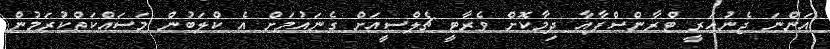
އަންނަ ޖެނުއަރީ ޓްރާންސްފާއާ ދިމާކޮށް ވެރާޓީ ޗެލްސީއަށް ގެނައުމަށް އެ ކްލަބުން މަސައްކަތްކުރަމުން